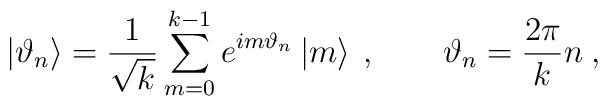
\left| \vartheta _{n}\right\rangle =\frac{1}{\sqrt{k}}\sum ^{k-1}_{m=0}e^{im\vartheta _{n}}\left| m\right\rangle \: ,\qquad \vartheta _{n}=\frac{2\pi }{k}n\: ,